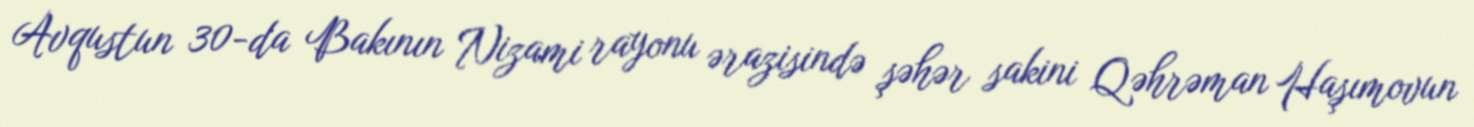
Avqustun 30-da Bakının Nizami rayonu ərazisində şəhər sakini Qəhrəman Haşımovun